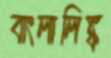
বাংলালিঙ্ক